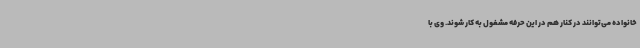
خانواده می‌توانند در کنار هم در این حرفه مشغول به کار شوند. وی با